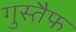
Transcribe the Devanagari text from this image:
गुस्तैफ